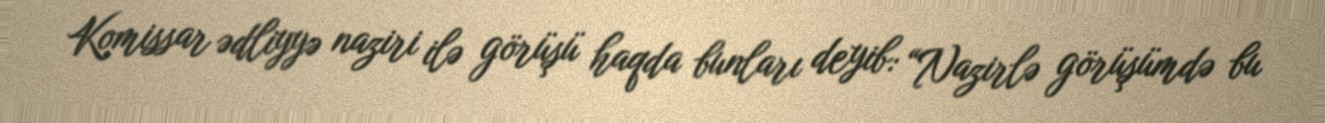
Komissar ədliyyə naziri ilə görüşü haqda bunları deyib: “Nazirlə görüşümdə bu